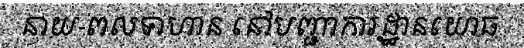
នាយ-ពលទាហាន នៅបញ្ជាការដ្ឋានយោធ